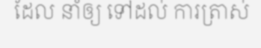
ដែល នាំឲ្យ ទៅដល់ ការត្រាស់